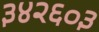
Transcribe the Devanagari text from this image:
३४२६०३